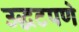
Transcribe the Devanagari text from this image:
उद्धटपणे